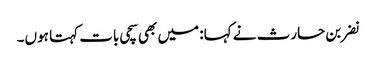
نضر بن حارث نے کہا: میں بھی سچی بات کہتا ہوں۔